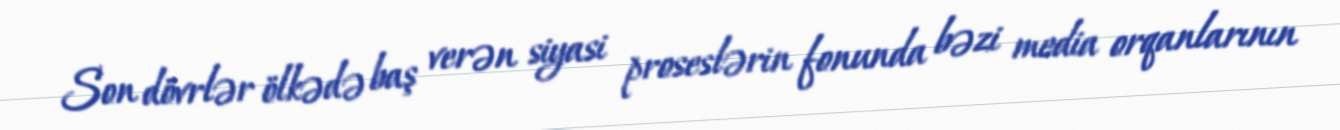
Son dövrlər ölkədə baş verən siyasi proseslərin fonunda bəzi media orqanlarının